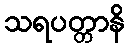
သရပတ္တာနိ